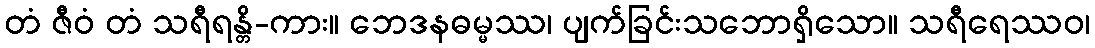
တံ ဇီဝံ တံ သရီရန္တိ-ကား။ ဘေဒနဓမ္မဿ၊ ပျက်ခြင်းသဘောရှိသော။ သရီရေဿဝ၊